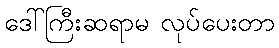
ဒေါ်ကြီးဆရာမ လုပ်ပေးတာ